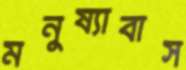
মনুষ্যাবাস